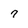
Character: 7